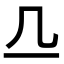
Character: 𬺲